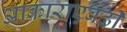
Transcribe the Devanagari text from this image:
आकाराएवढी